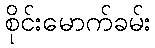
စိုင်းမောက်ခမ်း